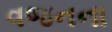
વજનના